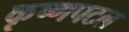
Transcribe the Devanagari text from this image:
कृष्णपटल